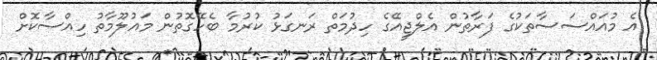
އެ މުއައްސަސާތަކުގެ ފަރާތުން އެލްޖީއޭގެ ހިދުމަތް ރަނގަޅު ކުރުމާ ބެހޭގޮތުން މައުލޫމާތު ހިއްސާކޮށް